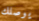
يوصلك